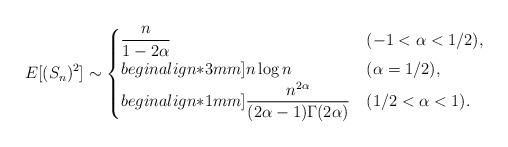
LaTeX: \begin{align*}E[(S_n)^2] \sim \begin{cases}\dfrac{n}{1-2\alpha} &(-1<\alpha<1/2), \\begin{align*}3mm]n\log n &(\alpha=1/2), \\begin{align*}1mm]\dfrac{n^{2\alpha}}{(2\alpha-1)\Gamma(2\alpha)} &(1/2<\alpha<1).\end{cases}\end{align*}